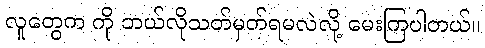
လူတွေက ကို ဘယ်လိုသတ်မှတ်ရမလဲလို့ မေးကြပါတယ်။